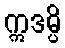
ဣဒမ္ပိ